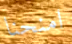
امنحنا